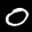
Label: 0